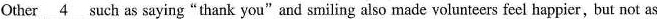
Other\underline{4} such as saying "thank you"and smiling also made volunteers feel happier, but not as